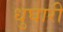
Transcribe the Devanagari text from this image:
धुघारी